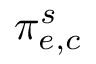
\pi _ { e , c } ^ { s }